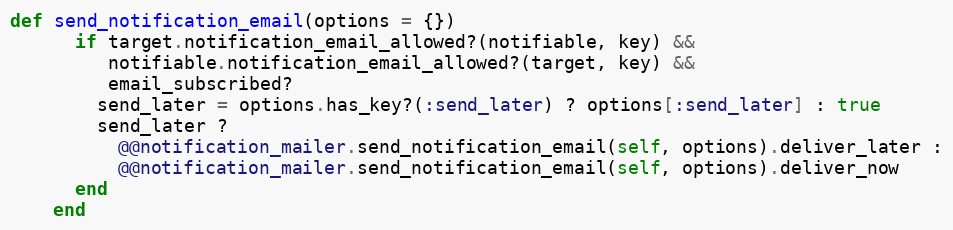
Language: Ruby
def send_notification_email(options = {})
      if target.notification_email_allowed?(notifiable, key) &&
         notifiable.notification_email_allowed?(target, key) &&
         email_subscribed?
        send_later = options.has_key?(:send_later) ? options[:send_later] : true
        send_later ?
          @@notification_mailer.send_notification_email(self, options).deliver_later :
          @@notification_mailer.send_notification_email(self, options).deliver_now
      end
    end